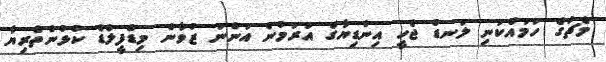
މެޗުގެ ހަމައެކަނި ލަނޑު ޖެހީ އިންޑިޔާގެ އަރަމުން އަންނަ ޒުވާން މިޑްފީލްޑް ކުޅުންތެރިޔާ